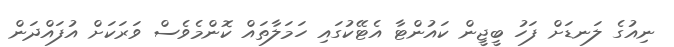
ނިއުގެ ލަނޑަށް ފަހު ބީޖީން ކައުންޓާ އެޓޭކުގައި ހަމަލާތައް ކޮންމެވެސް ވަރަކަށް އުފައްދަން